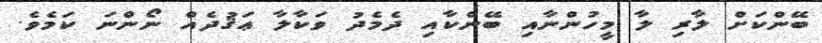
ބޭންކަށް ލާރި ލާ މީހުންނާއި ބޭންކާއި ދެމެދު ވަކާލާ ޢަޤުދެއް ނޯންނަ ކަމެވެ.